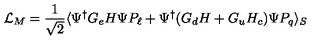
\mathcal { L } _ { M } = \frac { 1 } { \sqrt { 2 } } \langle \Psi ^ { \dagger } G _ { e } H \Psi P _ { \ell } + \Psi ^ { \dagger } ( G _ { d } H + G _ { u } H _ { c } ) \Psi P _ { q } \rangle _ { S }